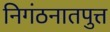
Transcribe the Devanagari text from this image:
निगंठनातपुत्त